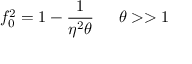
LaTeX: f _ { 0 } ^ { 2 } = 1 - \frac { 1 } { \eta ^ { 2 } \theta } \, \, \, \, \, \, \, \, \, \theta > > 1